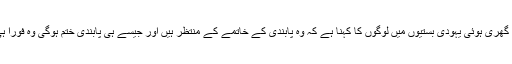
مقبوضہ غربِ اردن میں فلسطینی دیہاتوں سے گھری ہوئی یہودی بستیوں میں لوگوں کا کہنا ہے کہ وہ پابندی کے خاتمے کے منتظر ہیں اور جیسے ہی پابندی ختم ہوگی وہ فوراً ہی بستیوں کی تعمیر کا کام شروع کر دیں گے۔